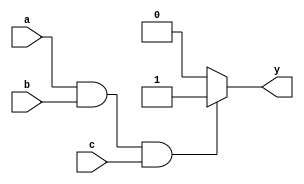
module three_input_and_gate (
    input wire a,
    input wire b,
    input wire c,
    output reg y
);

always @(*) begin
    if (a && b && c)
        y = 1;
    else
        y = 0;
end

endmodule